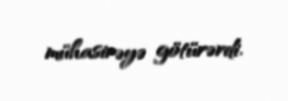
mühasirəyə götürərdi.